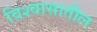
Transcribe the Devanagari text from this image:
विश्‍वासातील